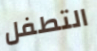
التطفل